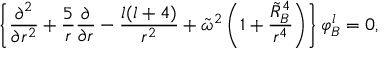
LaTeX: \left\{ { \frac { \partial ^ { 2 } } { \partial r ^ { 2 } } } + { \frac { 5 } { r } } { \frac { \partial } { \partial r } } - { \frac { l ( l + 4 ) } { r ^ { 2 } } } + \tilde { \omega } ^ { 2 } \left( 1 + { \frac { \tilde { R } _ { B } ^ { 4 } } { r ^ { 4 } } } \right) \right\} \varphi _ { B } ^ { l } = 0 ,